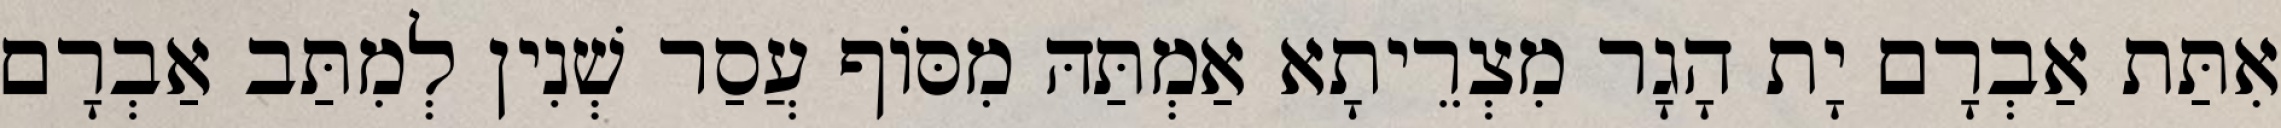
אִתַּת אַבְרָם יָת הָגָר מִצְרֵיתָא אַמְתַּהּ מִסּוֹף עֲסַר שְׁנִין לְמִתַּב אַבְרָם